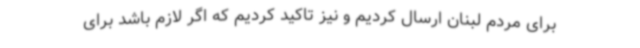
برای مردم لبنان ارسال کردیم و نیز تاکید کردیم که اگر لازم باشد برای